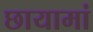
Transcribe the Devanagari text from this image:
छायामां